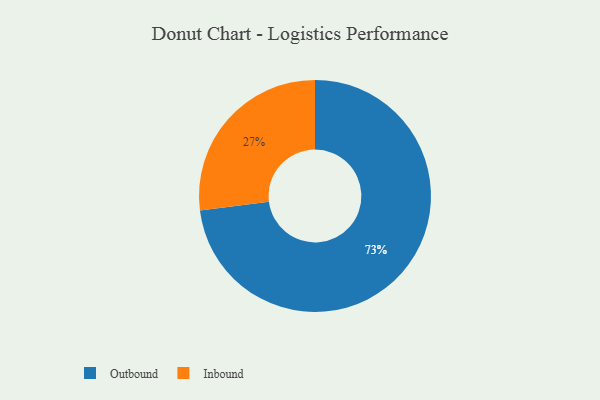
{"axis": {"x": "Category", "y": "Percentage"}, "legend": ["Inbound", "Outbound"], "data": [{"x": "Inbound", "y": 27, "type": "Inbound"}, {"x": "Outbound", "y": 73, "type": "Outbound"}]}